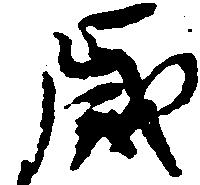
歳